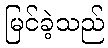
မြင်ခဲ့သည်